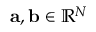
\mathbf { a } , \mathbf { b } \in \mathbb { R } ^ { N }